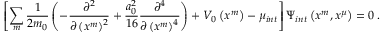
\left[ \sum _ { m } \frac { 1 } { 2 m _ { 0 } } \left( - \frac { \partial ^ { 2 } } { \partial \left( x ^ { m } \right) ^ { 2 } } + \frac { a _ { 0 } ^ { 2 } } { 1 6 } \frac { \partial ^ { 4 } } { \partial \left( x ^ { m } \right) ^ { 4 } } \right) + V _ { 0 } \left( x ^ { m } \right) - \mu _ { i n t } \right] \Psi _ { i n t } \left( x ^ { m } , x ^ { \mu } \right) = 0 \; .